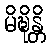
မိဍ္ဎိန္တိ